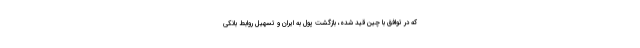
که در توافق با چین قید شده، بازگشت پول به ایران و تسهیل روابط بانکی